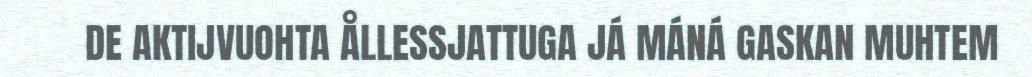
DE AKTIJVUOHTA ÅLLESSJATTUGA JÁ MÁNÁ GASKAN MUHTEM